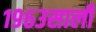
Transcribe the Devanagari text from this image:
१९६३साली